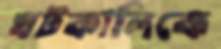
ঘটকালিকে